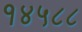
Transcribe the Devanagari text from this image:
१४५८८